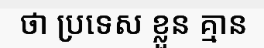
ថា ប្រទេស ខ្លួន គ្មាន